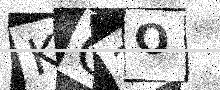
Text: KO2O